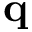
{ \bf q }